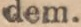
dem.